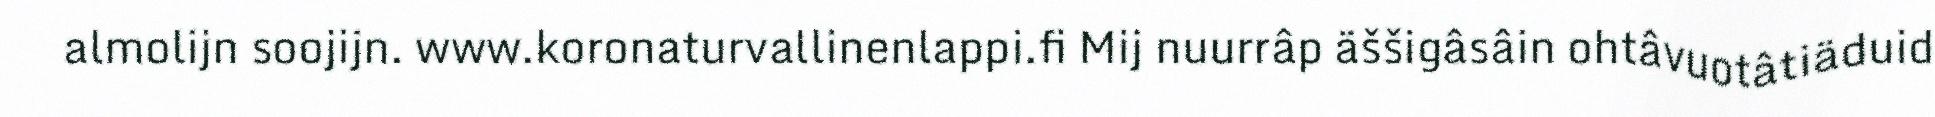
almolijn soojijn. www.koronaturvallinenlappi.fi Mij nuurrâp äššigâsâin ohtâvuotâtiäduid